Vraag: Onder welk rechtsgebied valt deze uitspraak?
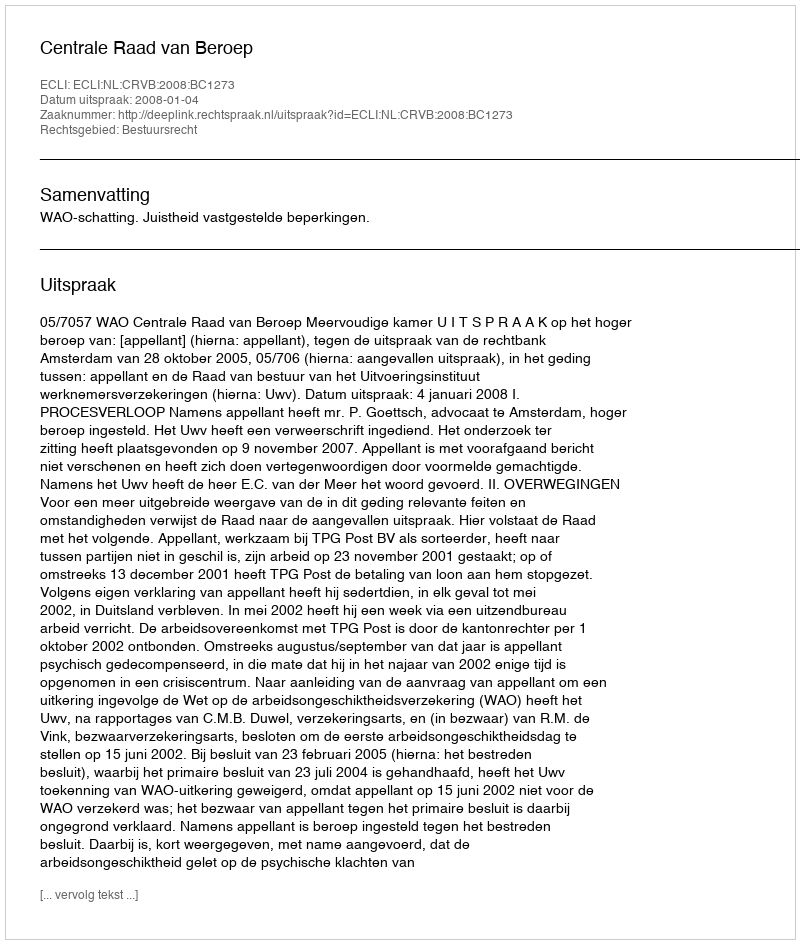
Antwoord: Bestuursrecht